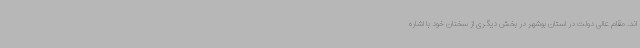
اند. مقام عالی دولت در استان بوشهر در بخش دیگری از سخنان خود با اشاره